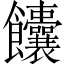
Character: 饢